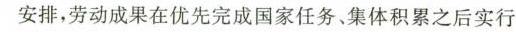
安排，劳动成果在优先完成国家任务、集体积累之后实行